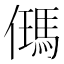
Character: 𪝰